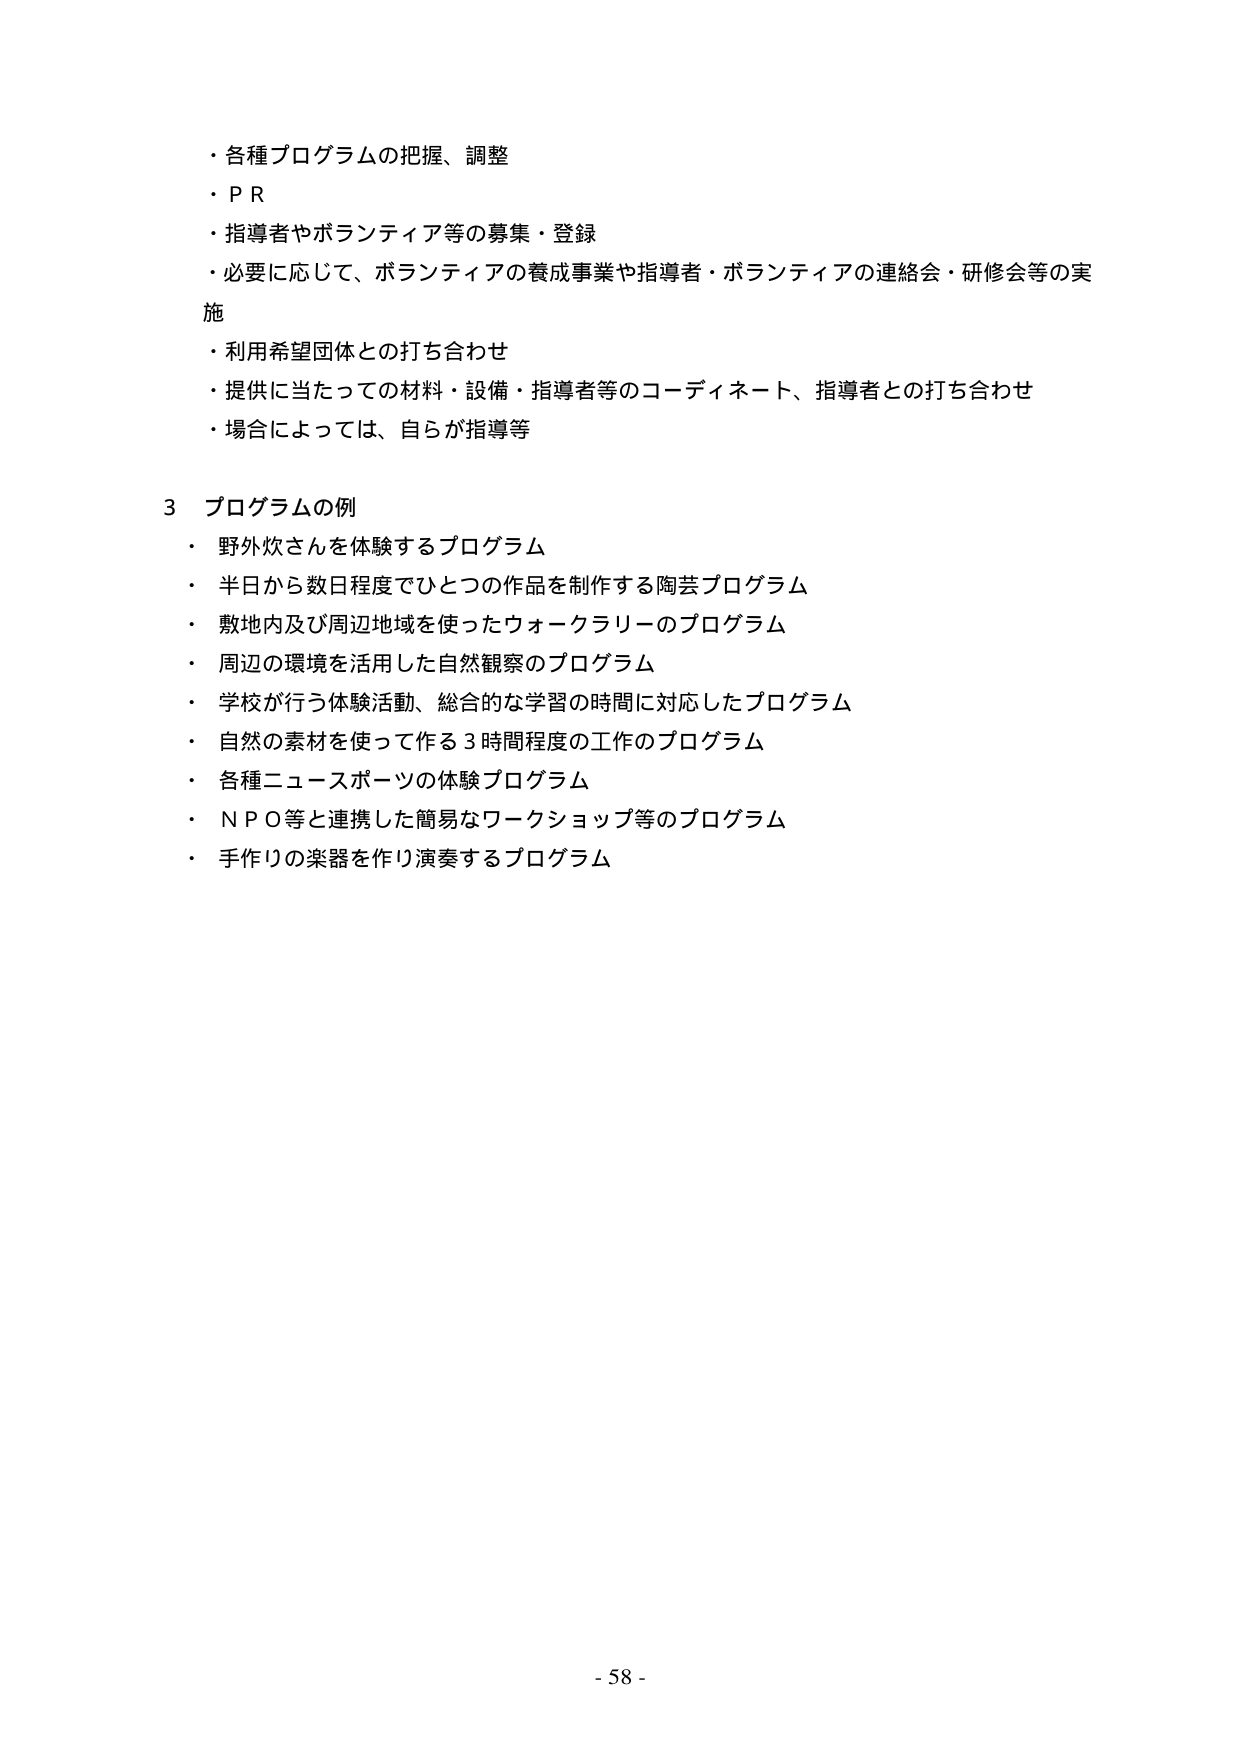
・各種プログラムの把握、調整
・ＰＲ
・指導者やボランティア等の募集・登録
・必要に応じて、ボランティアの養成事業や指導者・ボランティアの連絡会・研修会等の実施
・利用希望団体との打ち合わせ
・提供に当たっての材料・設備・指導者等のコーディネート、指導者との打ち合わせ
・場合によっては、自らが指導等

3 プログラムの例
・野外炊さんを体験するプログラム
・半日から数日程度でひとつの作品を制作する陶芸プログラム
・敷地内及び周辺地域を使ったウォークラリーのプログラム
・周辺の環境を活用した自然観察のプログラム
・学校が行う体験活動、総合的な学習の時間に対応したプログラム
・自然の素材を使って作る３時間程度の工作のプログラム
・各種ニュースポーツの体験プログラム
・ＮＰＯ等と連携した簡易なワークショップ等のプログラム
・手作りの楽器を作り演奏するプログラム

- 58 -